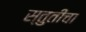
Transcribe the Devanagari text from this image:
स्तुतींचा